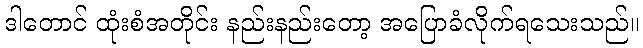
ဒါတောင် ထုံးစံအတိုင်း နည်းနည်းတော့ အပြောခံလိုက်ရသေးသည်။